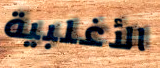
الأغلبية